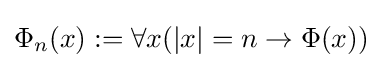
\Phi _{n}(x):=\forall x(|x|=n\rightarrow \Phi (x))